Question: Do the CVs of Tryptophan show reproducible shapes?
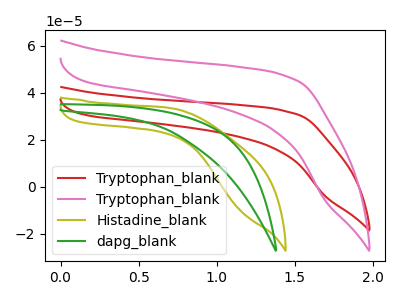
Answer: <think>The red curve "Tryptophan_blank" has no peaks. The pink curve "Tryptophan_blank" has no peaks. The olive curve "Histadine_blank" has no peaks. The green curve "dapg_blank" has no peaks.
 Neither "Tryptophan_blank" or "Tryptophan_blank" have any peaks. Neither "Tryptophan_blank" or "Histadine_blank" have any peaks. Neither "Tryptophan_blank" or "dapg_blank" have any peaks. Neither "Tryptophan_blank" or "Histadine_blank" have any peaks. Neither "Tryptophan_blank" or "dapg_blank" have any peaks. Neither "Histadine_blank" or "dapg_blank" have any peaks.</think>
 <answer>All the CV's of "Tryptophan" have similar shape.</answer>
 <eval>follow_rule</eval>